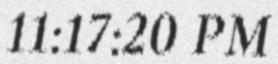
11:17:20 PM